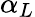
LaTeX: \alpha_{L}